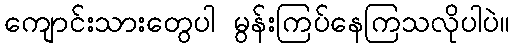
ကျောင်းသားတွေပါ မွန်းကြပ်နေကြသလိုပါပဲ။